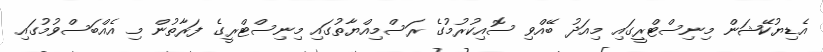
އެޑިޔުކޭޝަން މިނިސްޓްރީގައި މިއަދު ބޭއްވި ސޮއިކުރުމުގެ ރަސްމިއްޔާތުގައި މިނިސްޓްރީގެ ފަރާތުން މި އެއްބަސްވުމުގައި